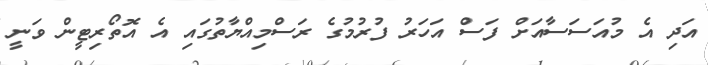
އަދި އެ މުއަސަސާއަށް ފަސް އަހަރު ފުރުމުގެ ރަސްމިއްޔާތުގައި އެ އޮތޯރިޓީން ވަނީ